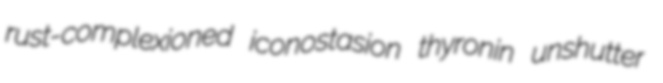
rust-complexioned iconostasion thyronin unshutter